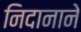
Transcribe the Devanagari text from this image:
निदानाने